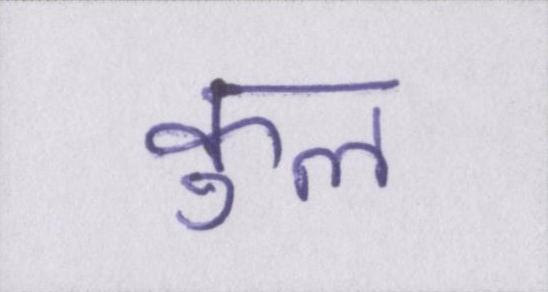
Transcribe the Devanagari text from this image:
कुल